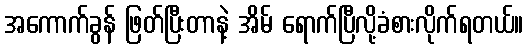
အကောက်ခွန် ဖြတ်ပြီးတာနဲ့ အိမ် ရောက်ပြီလို့ခံစားလိုက်ရတယ်။